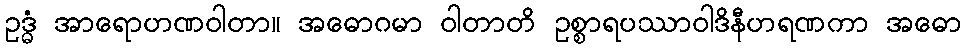
ဥဒ္ဓံ အာရောဟဏဝါတာ။ အဓောဂမာ ဝါတာတိ ဥစ္စာရပဿာဝါဒိနီဟရဏကာ အဓော